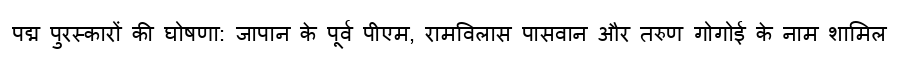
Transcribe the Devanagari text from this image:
पद्म पुरस्कारों की घोषणा: जापान के पूर्व पीएम, रामविलास पासवान और तरुण गोगोई के नाम शामिल